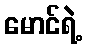
မောင်ရဲ့